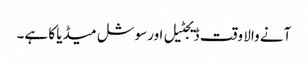
آنے والا وقت ڈیجٹیل اورسوشل میڈیا کا ہے۔